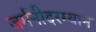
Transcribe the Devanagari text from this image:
जर्मनीदरम्यान